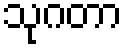
သုဂတာ